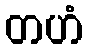
တဟံ